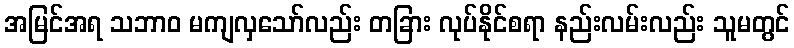
အမြင်အရ သဘာဝ မကျလှသော်လည်း တခြား လုပ်နိုင်စရာ နည်းလမ်းလည်း သူမတွင်